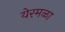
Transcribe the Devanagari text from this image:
येरमळा